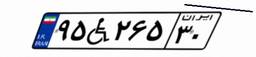
۴۵W۱۸۷۳۳